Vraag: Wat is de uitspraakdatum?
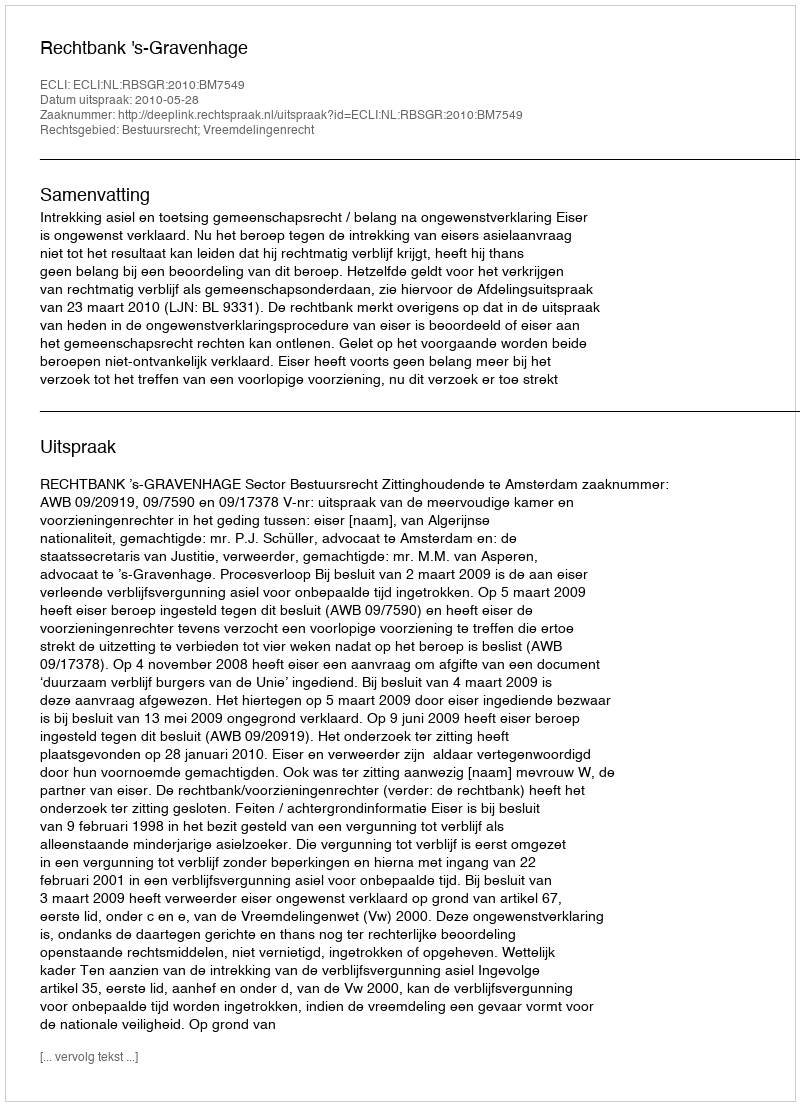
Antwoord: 2010-05-28